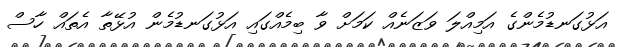
އަޅުގަނޑުމެންގެ އަމިއްލަ ވަޒަނެއް ކަމަށް ވާ ބިމެއްގައި އަޅުގަނޑުމެން އުޅޭތާ އެތައް ހާސް